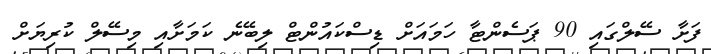
ފަށާ ސޭލްގައި 90 ޕަސެންޓާ ހަމައަށް ޑިސްކައުންޓް ލިބޭނެ ކަމަށާއި މިސޭލް ކުރިޔަށް